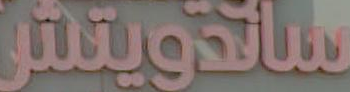
ساندويتش